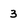
Character: 3